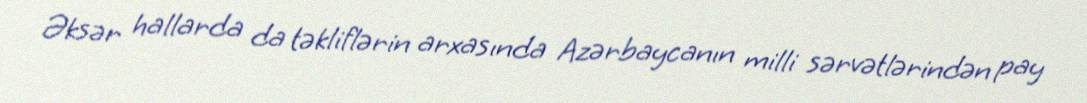
Əksər hallarda da təkliflərin arxasında Azərbaycanın milli sərvətlərindən pay